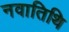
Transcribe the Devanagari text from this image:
नवातिथि